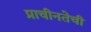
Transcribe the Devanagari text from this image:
प्राचीनतेची